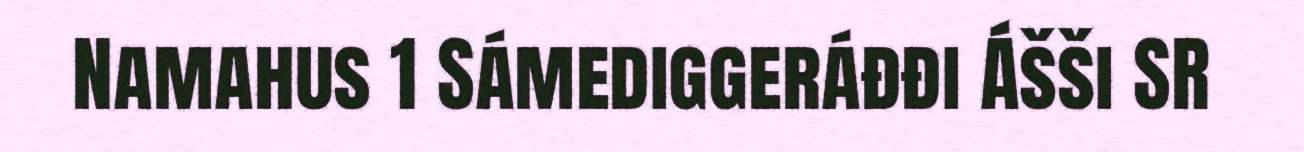
Namahus 1 Sámediggeráđđi Ášši SR